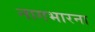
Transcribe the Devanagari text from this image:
नागभारना